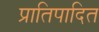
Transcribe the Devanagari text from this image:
प्रातिपादित